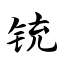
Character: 铳